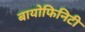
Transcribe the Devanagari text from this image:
बायोफिनिटी